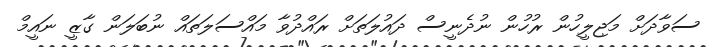
ސަވާދަށް މަޖިލީހުން ރުހުން ނުދެނީސް ދައުލަތަށް ރައްދުވާ މައްސަލަތައް ނުބަލަން ގާޒީ ނައީމް